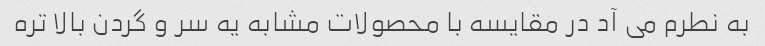
به نطرم می آد در مقایسه با محصولات مشابه یه سر و گردن بالا تره